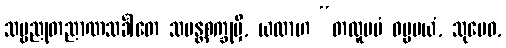
သဗ္ဗညုတညာဏသင်္ခါတေ သမန္တစက္ခုမှိ, ယထာဟ “တထူပမံ ဓမ္မမယံ, သုမေဓ,